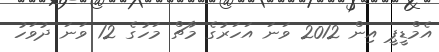
އެމްޑީޕީ އިން 2012 ވަނަ އަހަރުގެ މާޗް މަހުގެ 12 ވަނަ ދުވަހު